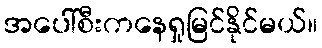
အပေါ်စီးကနေရှုမြင်နိုင်မယ်။